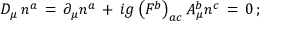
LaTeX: D _ { \mu } \, n ^ { a } \, = \, \partial _ { \mu } n ^ { a } \, + \, i g \left( F ^ { b } \right) _ { a c } A _ { \mu } ^ { b } n ^ { c } \, = \, 0 \, ;